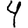
Digit: 4